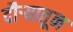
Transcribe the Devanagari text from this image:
दौऱ्यातून